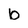
Character: b